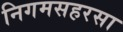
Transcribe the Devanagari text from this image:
निगमसहरसा